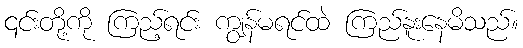
၎င်းတို့ကို ကြည့်ရင်း ကျွန်မရင်ထဲ ကြည်နူးနေမိသည်။